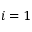
i = 1